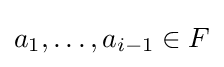
a_{1},\dots ,a_{i-1}\in F